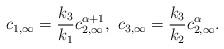
LaTeX: \begin{align*}c_{1,\infty} = \frac{k_3}{k_1}c_{2,\infty}^{\alpha+1}, \ c_{3,\infty} = \frac{k_3}{k_2}c_{2,\infty}^{\alpha}.\end{align*}